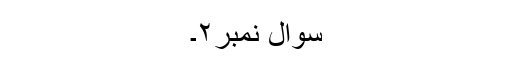
سوال نمبر۲۔